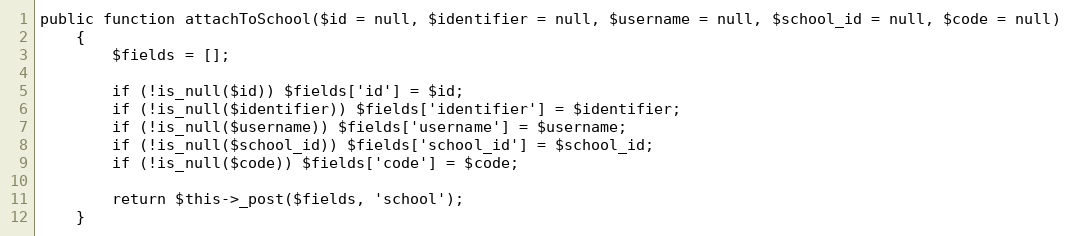
Language: PHP
public function attachToSchool($id = null, $identifier = null, $username = null, $school_id = null, $code = null)
    {
        $fields = [];

        if (!is_null($id)) $fields['id'] = $id;
        if (!is_null($identifier)) $fields['identifier'] = $identifier;
        if (!is_null($username)) $fields['username'] = $username;
        if (!is_null($school_id)) $fields['school_id'] = $school_id;
        if (!is_null($code)) $fields['code'] = $code;

        return $this->_post($fields, 'school');
    }